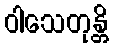
ဝါသေတုန္တိ